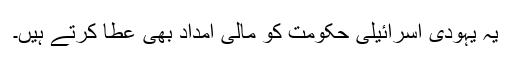
یہ یہودی اسرائیلی حکومت کو مالی امداد بھی عطا کرتے ہیں۔